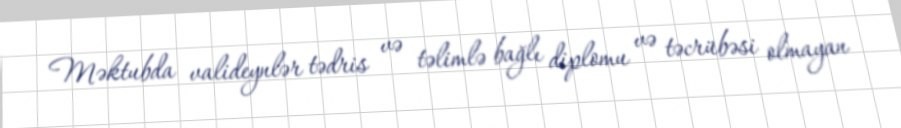
Məktubda valideynlər tədris və təlimlə bağlı diplomu və təcrübəsi olmayan